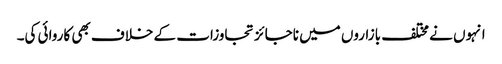
انہوں نے مختلف بازاروں میں ناجائز تجاوزات کے خلاف بھی کاروائی کی۔